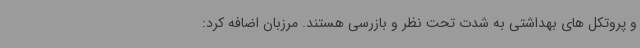
و پروتکل های بهداشتی به شدت تحت نظر و بازرسی هستند. مرزبان اضافه کرد: